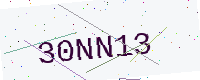
Text: 30NN13